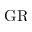
\mathrm { G R }